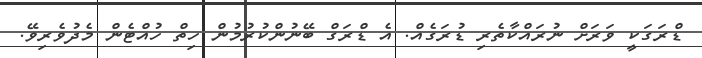
ޑްރަގަކީ ވަރަށް ނުރައްކާތެރި ޑުރަގެއް. އެ ޑްރަގް ބޭނުންކުރުމުން ހިތް ހުއްޓެން މެދުވެރިވޭ.